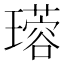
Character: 𤪜